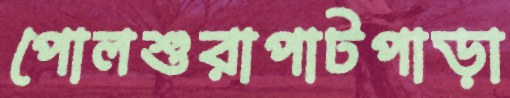
পোলশুরাপাটপাড়া